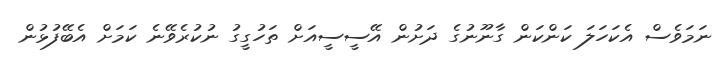
ނަމަވެސް އެކަހަލަ ކަންކަން ގާނޫނުގެ ދަށުން އޭސީސީއަށް ތަހުގީގު ނުކުރެވޭނެ ކަމަށް އެބޭފުޅުން